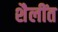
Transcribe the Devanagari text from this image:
शैलींत